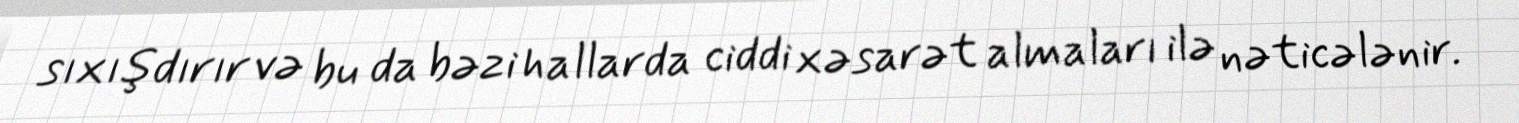
sıxışdırır və bu da bəzi hallarda ciddi xəsarət almaları ilə nəticələnir.